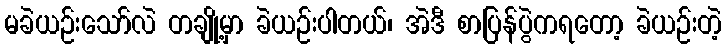
မခဲယဉ်းသော်လဲ တချို့မှာ ခဲယဉ်းပါတယ်၊ အဲဒီ စာပြန်ပွဲကရတော့ ခဲယဉ်းတဲ့